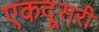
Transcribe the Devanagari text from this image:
एकदूसरी